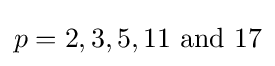
p=2,3,5,11{\text{ and }}17